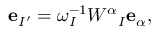
{ \bf e } _ { I ^ { \prime } } = \omega _ { I } ^ { - 1 } W ^ { \alpha } { } _ { I } { \bf e } _ { \alpha } ,